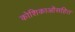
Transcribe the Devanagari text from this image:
कोशिकाओंसहित